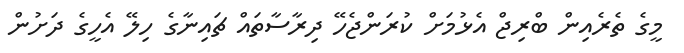
މީގެ ތެރެއިން ބްރިޖް އެޅުމަށް ކުރަންޖެހޭ ދިރާސާތައް ޗައިނާގެ ހިލޭ އެހީގެ ދަށުން